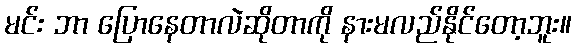
မင်း ဘာ ပြောနေတာလဲဆိုတာကို နားမလည်နိုင်တော့ဘူး။